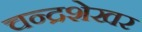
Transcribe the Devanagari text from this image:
चन्‍द्रशेखर